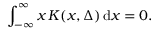
\int _ { - \infty } ^ { \infty } x \, K ( x , \Delta ) \, \mathrm { d } x = 0 .